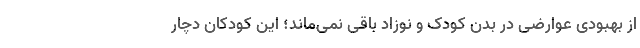
از بهبودی عوارضی در بدن کودک و نوزاد باقی نمی‌ماند؛ این کودکان دچار